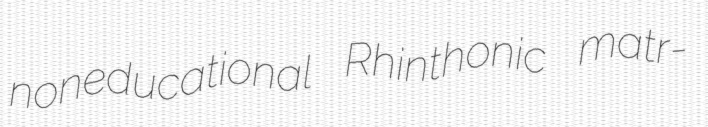
noneducational Rhinthonic matr-